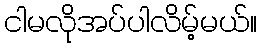
ငါမလိုအပ်ပါလိမ့်မယ်။